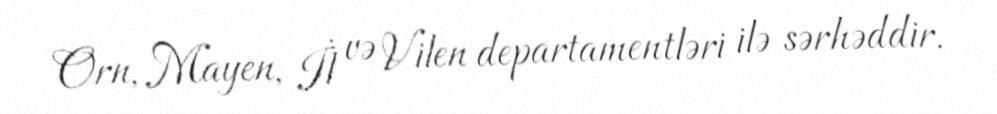
Orn, Mayen, İl və Vilen departamentləri ilə sərhəddir.